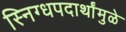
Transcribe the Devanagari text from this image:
स्निग्धपदार्थांमुळे